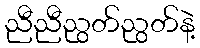
ညီညီညွတ်ညွတ်နဲ့